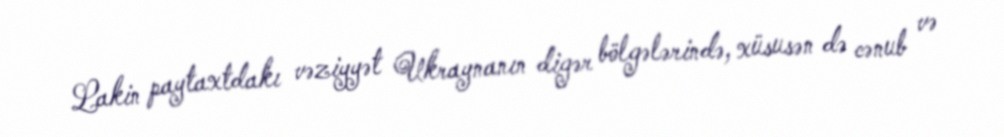
Lakin paytaxtdakı vəziyyət Ukraynanın digər bölgələrində, xüsusən də cənub və